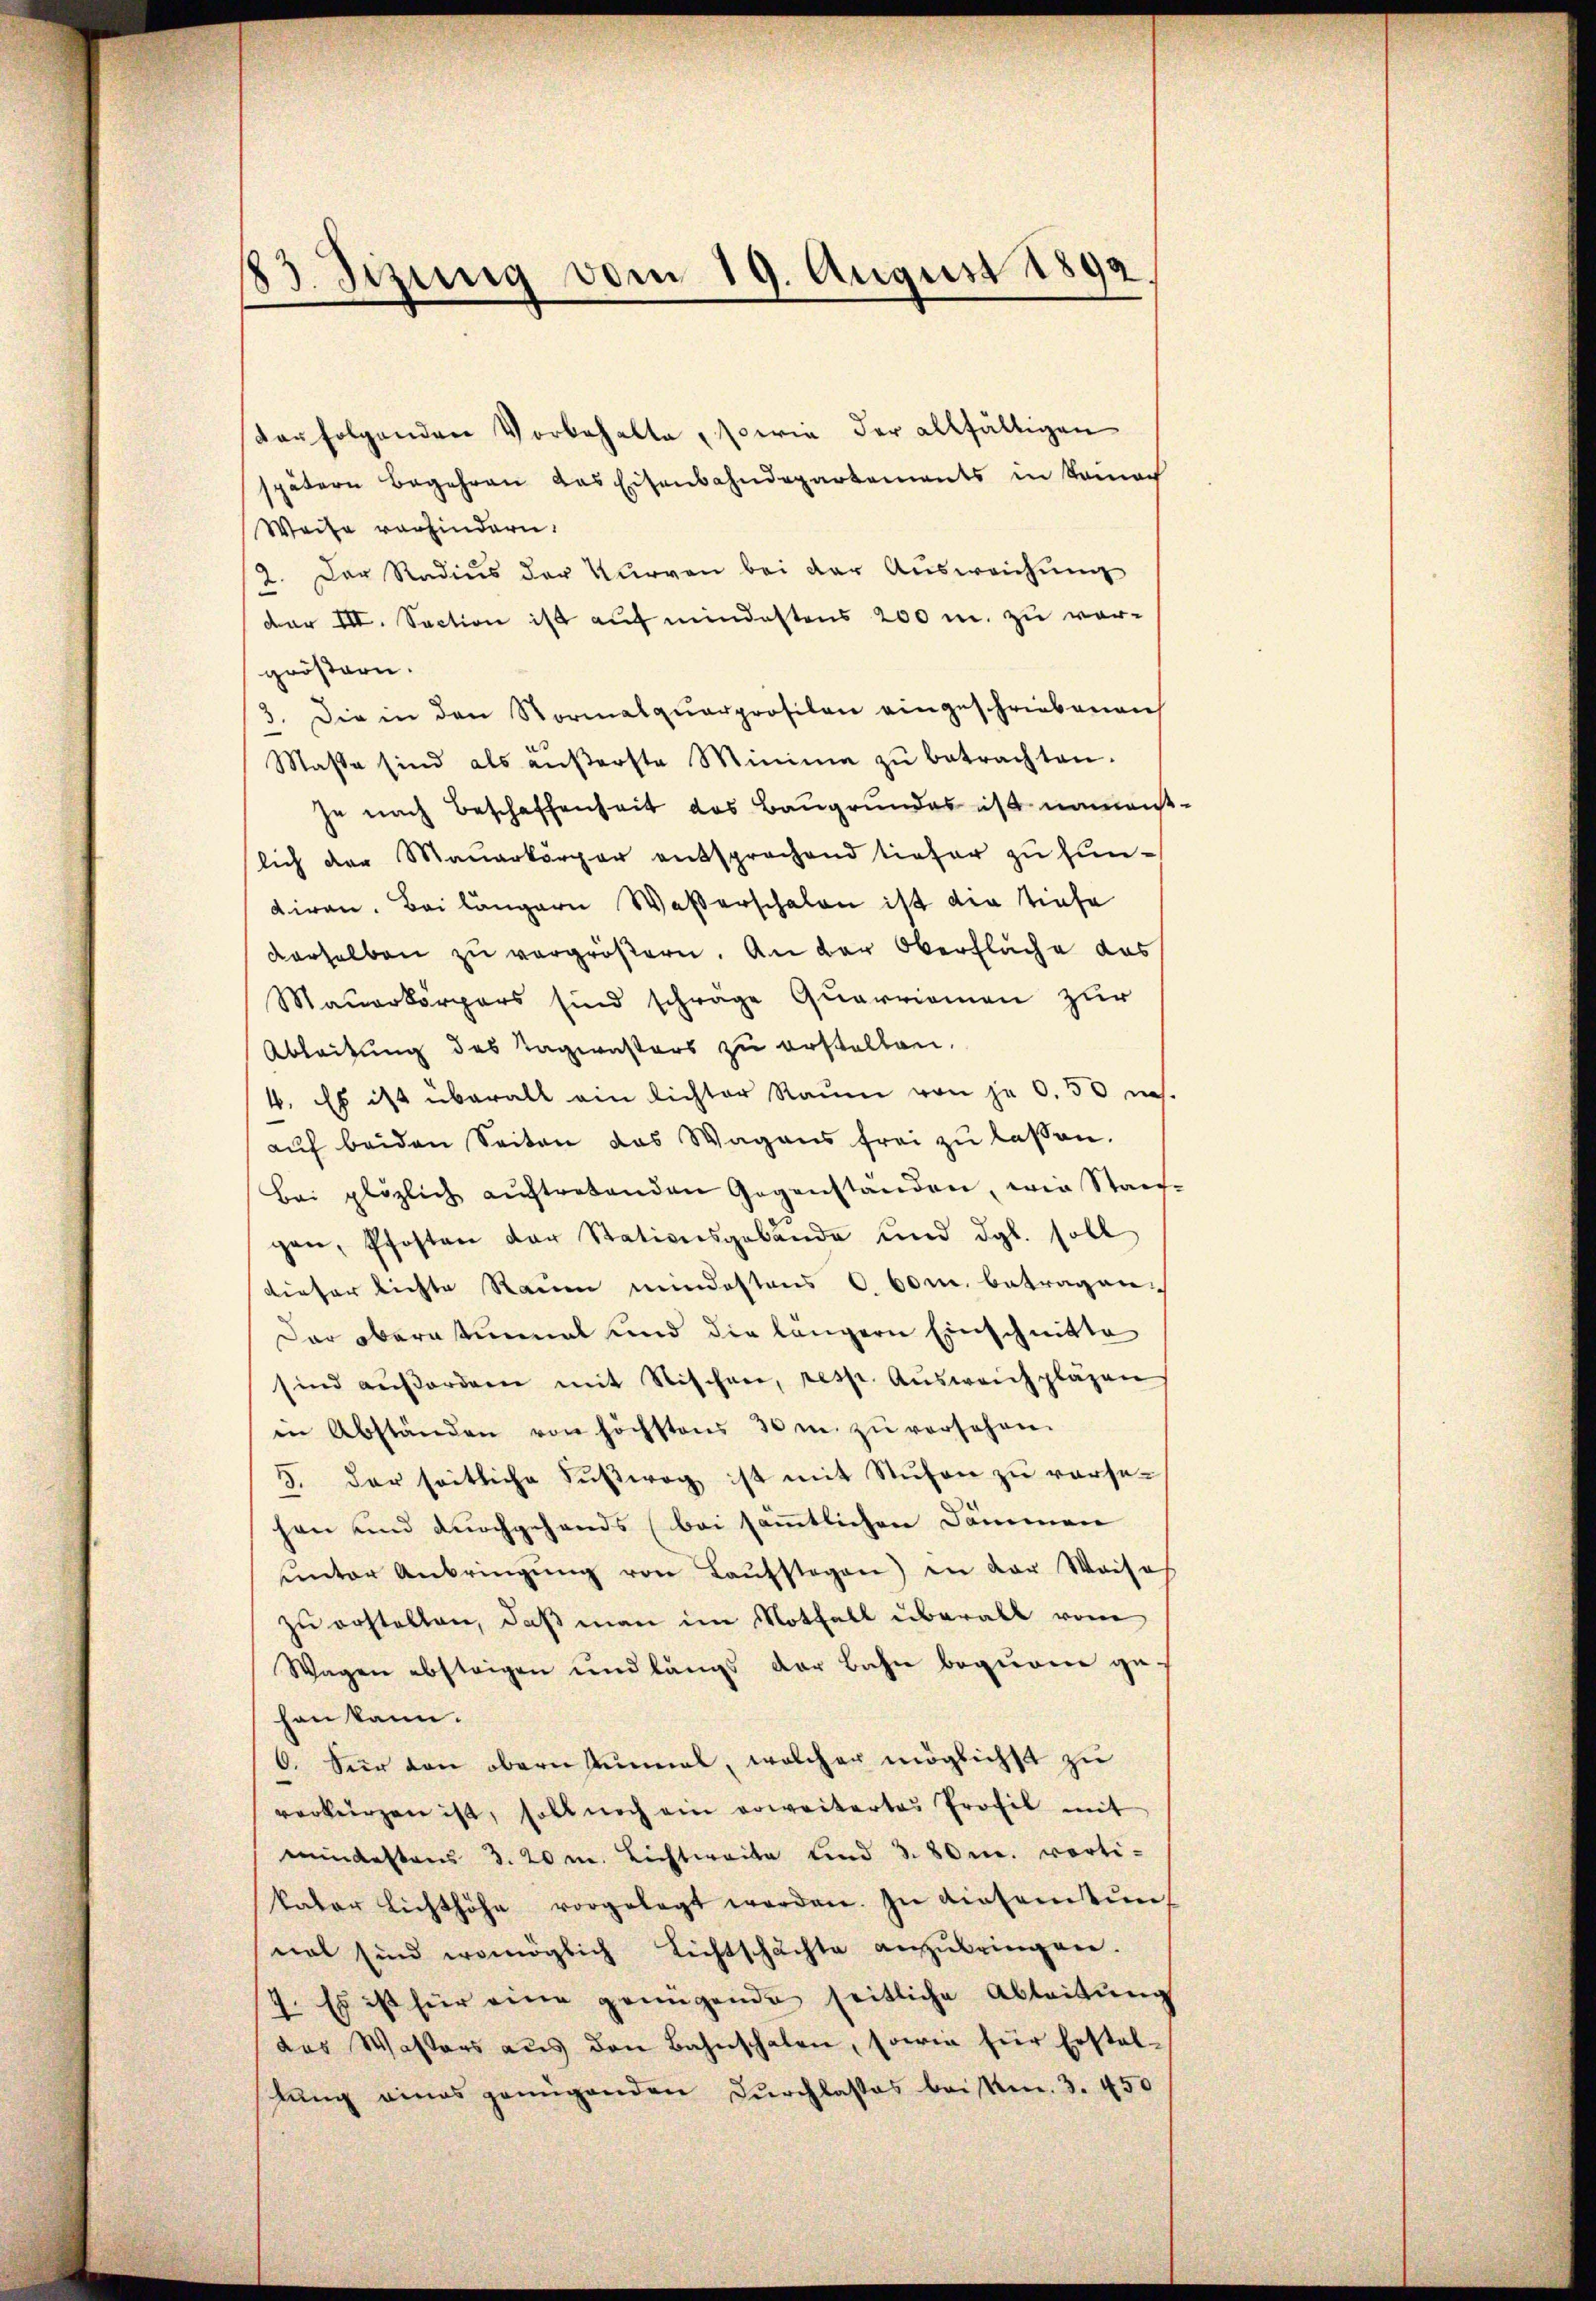
883. Sizung vom 19. August 1892

derfolgenden Vorbehalte, sowie der allfälligen
spätern Begehren das Eisenbahndepartements in Trainach
Weite vorhindern.
2. Der Radius der Kurven bei der Ausweichung
dar III. Section ist auf mindestens 200 m. zu vorgrößern.
3. Die in den Normalquarprofilen eingeschriebenen
Masse sind als äŭβerste Minima zŭ betrachten.
je nach Beschaffenheit das Baugrundes ist namenstslich der Mauerkörper entsprochend tiefer zu undiren. Bei längern Wasserschalen ist die tiefe
derselben zu vergrößern. An der Oberfläche das
Mauerkörpers sind schräge Quarrionen zur
Ableitung des Tagensters zu erstalten.
4. Es ist überall ein lichter Raŭm von je 0.50 nes.
aŭf beiden Seiten das Wagens frei zŭ lassen.
bei plözlich auftretenden Gegenständen, wie Staat-
gen, Pfosten der Stationsgebäŭde und dgl. soll
dieser lichte Raum mindestens 0. 60m. betragen.
Der obereinmal und die längern Einschnitte
sind aŭβordern mit Stischen, resp. Aŭsweich plagen
in Abständen von höchstens 30m zŭ versehen.
3. der seitliche Sŭβwog ist mit Stufen zu versehen und durchgehands (bei sämmtlichen Dämmen
ŭnter Anbringŭng von Laŭfstagen) in der Waise
zu erstellen, daß man im Motfall überall vom
Wagen absteigen und längs der Bahn bequeme gehan kann.
6. Für von obern einmal, welcher möglichst zu
verkürzen ist, soll noch ein erweitertes Profil mit
mindestens 3. 20 m. Lichtweite und 3.80m. vortikaber Lichthöhe vorgelegt werden. In diesentŭng
nat sind womöglich Lichtschächte anzŭbringen.
7. Es ist für eine genügende seitliche Ableitŭng
das Wassers aus den Bahnschalen, sowie für Erstellung eines genügenden Durchlasses bei Sn. 3. 450